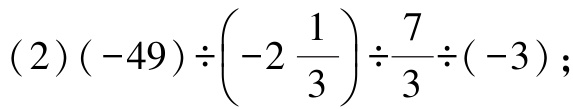
(2)$(-49)\div\left(-2\frac{1}{3}\right)\div\frac{7}{3}\div(-3)$;